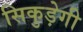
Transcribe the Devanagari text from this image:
सिकुड़ेगी